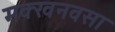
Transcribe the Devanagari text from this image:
मक्खनवसा